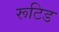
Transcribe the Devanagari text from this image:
रूटिड